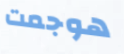
هوجمت